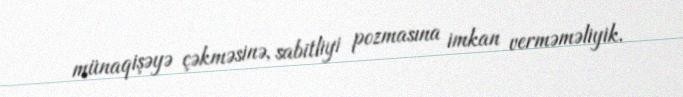
münaqişəyə çəkməsinə, sabitliyi pozmasına imkan verməməliyik.